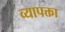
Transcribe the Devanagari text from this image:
व्यापक्ता